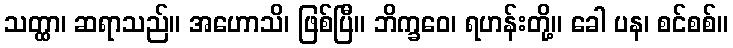
သတ္ထာ၊ ဆရာသည်။ အဟောသိ၊ ဖြစ်ပြီ။ ဘိက္ခဝေ၊ ရဟန်းတို့။ ခေါ ပန၊ စင်စစ်။